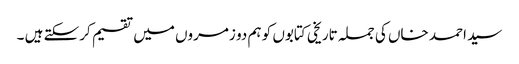
سید احمد خاں کی جملہ تاریخی کتابوں کو ہم دو زمروں میں تقسیم کرسکتے ہیں ۔